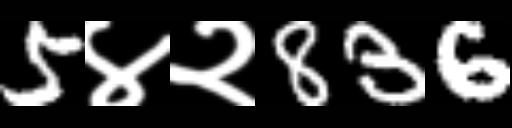
Text: 5४२836